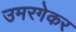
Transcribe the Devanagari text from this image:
उमरगेकर